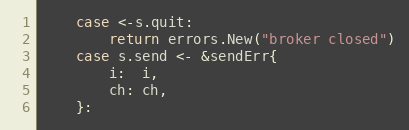
Language: Go
	case <-s.quit:
		return errors.New("broker closed")
	case s.send <- &sendErr{
		i:  i,
		ch: ch,
	}: